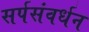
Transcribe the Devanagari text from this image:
सर्पसंवर्धन